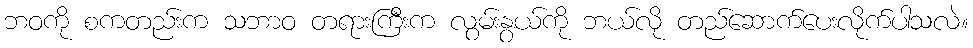
ဘဝကို စကတည်းက သဘာဝ တရားကြီးက လွမ်းနွယ်ကို ဘယ်လို တည်ဆောက်ပေးလိုက်ပါသလဲ။